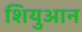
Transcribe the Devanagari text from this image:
शियुआन